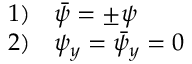
\begin{array} { l l } { { 1 ) } } & { { \bar { \psi } = \pm \psi } } \\ { { 2 ) } } & { { \psi _ { y } = \bar { \psi } _ { y } = 0 } } \end{array}